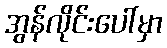
အွန်လိုင်းပေါ်မှာ